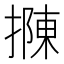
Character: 𢴟